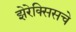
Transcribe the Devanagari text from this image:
झेरेक्सिसचे